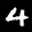
Label: 4